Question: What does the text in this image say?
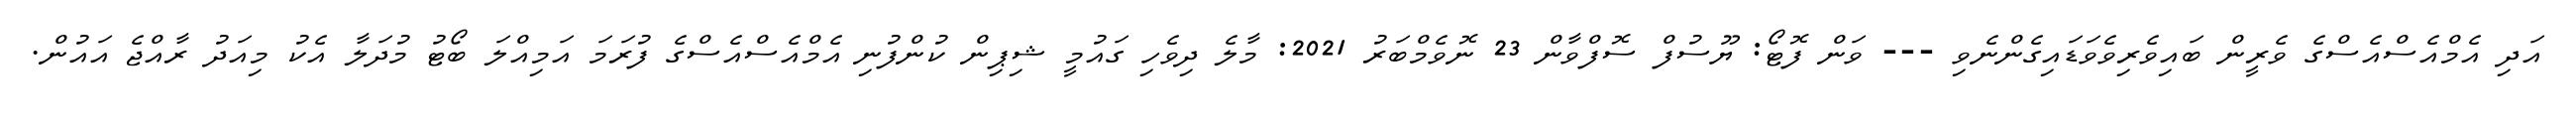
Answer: އަދި އެމްއެސްއެސްގެ ވެރީން ބައިވެރިވެވަޑައިގެންނެވި --- ވަން ފޮޓޯ: ޔޫސުފް ސޮފްވާން 23 ނޮވެމްބަރު 2021: މާލެ ދިވެހި ގައުމީ ޝިޕިން ކުންފުނި އެމްއެސްއެސްގެ ފުރަމަ އަމިއްލަ ބޯޓު މުދަލާ އެކު މިއަދު ރާއްޖެ އައުން.